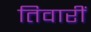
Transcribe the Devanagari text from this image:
तिवारीं